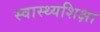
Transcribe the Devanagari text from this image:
स्वास्थ्यशिक्षा